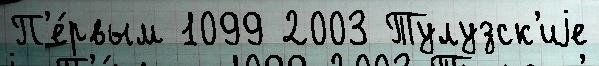
П'е́рвым 1099 2003 Тулузск'иjе